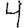
Digit: 4